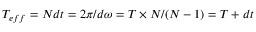
T _ { e f f } = N d t = 2 \pi / d \omega = T \times N / ( N - 1 ) = T + d t